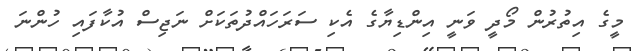
މީގެ އިތުރުން މޯދީ ވަނީ އިންޑިޔާގެ އެކި ސަރަހައްދުތަކަށް ނަޖިސް އުކާފައި ހުންނަ